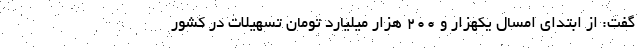
گفت: از ابتدای امسال یکهزار و ۲۰۰ هزار میلیارد تومان تسهیلات در کشور